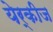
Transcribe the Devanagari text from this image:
येर्कीज